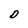
Character: D